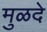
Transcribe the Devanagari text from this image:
मुळदे